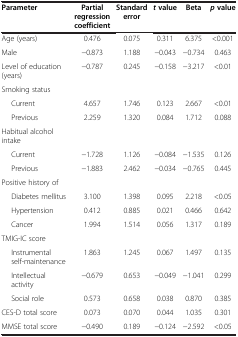
<table><thead><tr><td><b>Parameter</b></td><td><b>Partial regression coefficient</b></td><td><b>Standard error</b></td><td><b><i>t </i>value</b></td><td><b>Beta</b></td><td><b><i>p </i>value</b></td></tr></thead><tbody><tr><td>Age (years)</td><td>0.476</td><td>0.075</td><td>0.311</td><td>6.375</td><td>&lt;0.001</td></tr><tr><td>Male</td><td>−0.873</td><td>1.188</td><td>−0.043</td><td>−0.734</td><td>0.463</td></tr><tr><td>Level of education (years)</td><td>−0.787</td><td>0.245</td><td>−0.158</td><td>−3.217</td><td>&lt;0.01</td></tr><tr><td>Smoking status</td><td> </td><td> </td><td> </td><td> </td><td> </td></tr><tr><td>Current</td><td>4.657</td><td>1.746</td><td>0.123</td><td>2.667</td><td>&lt;0.01</td></tr><tr><td>Previous</td><td>2.259</td><td>1.320</td><td>0.084</td><td>1.712</td><td>0.088</td></tr><tr><td>Habitual alcohol intake</td><td> </td><td> </td><td> </td><td> </td><td> </td></tr><tr><td>Current</td><td>−1.728</td><td>1.126</td><td>−0.084</td><td>−1.535</td><td>0.126</td></tr><tr><td>Previous</td><td>−1.883</td><td>2.462</td><td>−0.034</td><td>−0.765</td><td>0.445</td></tr><tr><td>Positive history of</td><td> </td><td> </td><td> </td><td> </td><td> </td></tr><tr><td>Diabetes mellitus</td><td>3.100</td><td>1.398</td><td>0.095</td><td>2.218</td><td>&lt;0.05</td></tr><tr><td>Hypertension</td><td>0.412</td><td>0.885</td><td>0.021</td><td>0.466</td><td>0.642</td></tr><tr><td>Cancer</td><td>1.994</td><td>1.514</td><td>0.056</td><td>1.317</td><td>0.189</td></tr><tr><td>TMIG-IC score</td><td> </td><td> </td><td> </td><td> </td><td> </td></tr><tr><td>Instrumental self-maintenance</td><td>1.863</td><td>1.245</td><td>0.067</td><td>1.497</td><td>0.135</td></tr><tr><td>Intellectual activity</td><td>−0.679</td><td>0.653</td><td>−0.049</td><td>−1.041</td><td>0.299</td></tr><tr><td>Social role</td><td>0.573</td><td>0.658</td><td>0.038</td><td>0.870</td><td>0.385</td></tr><tr><td>CES-D total score</td><td>0.073</td><td>0.070</td><td>0.044</td><td>1.035</td><td>0.301</td></tr><tr><td>MMSE total score</td><td>−0.490</td><td>0.189</td><td>−0.124</td><td>−2.592</td><td>&lt;0.05</td></tr></tbody></table>